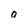
Character: 0